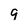
Character: 9